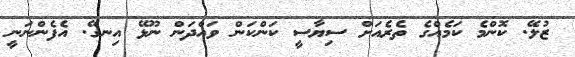
ޒުލޭ. ކޮންމެ ކަމެއްގެ ތެރެއަށް ސިޔާސީ ކަންކަން ވައްދަން ނޫޅޭ އިނގޭ. އެފެންނަނީ